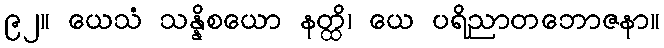
၉၂။ ယေသံ သန္နိစယော နတ္ထိ၊ ယေ ပရိညာတဘောဇနာ။